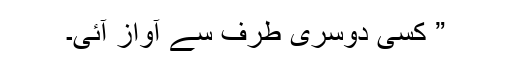
” کسی دوسری طرف سے آواز آئی۔